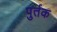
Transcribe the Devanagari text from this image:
पुर्तक